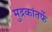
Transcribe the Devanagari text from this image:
मुद्रकांतर्फे